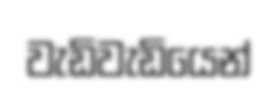
වැඩිවැඩියෙන්